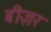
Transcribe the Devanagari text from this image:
बीज़र